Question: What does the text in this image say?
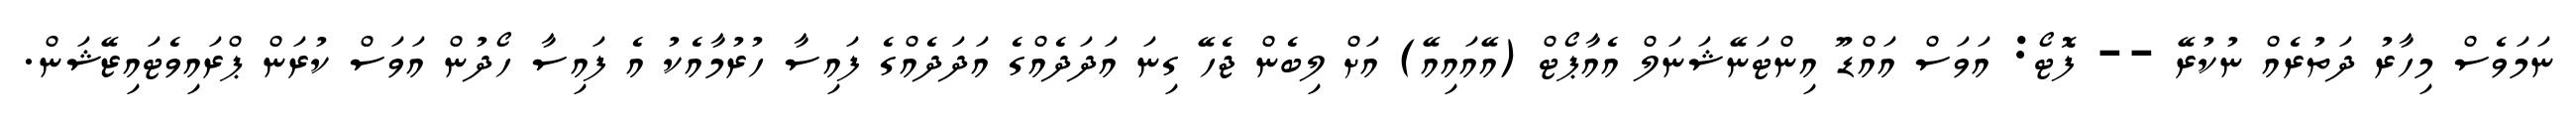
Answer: ނަމަވެސް މިހާރު ދަތުރެއް ނުކުރޭ -- ފޮޓޯ: އަވަސް އައްޑޫ އިންޓަނޭޝަނަލް އެއާޕޯޓް (އޭއައިއޭ) އަށް ލިބެން ޖެހޭ ގިނަ އަދަދެއްގެ އަދަދެއްގެ ފައިސާ ހުރުމާއެކު އެ ފައިސާ ހޯދުން އަވަސް ކުރަން ޕްރައިވެޓައިޒޭޝަން.